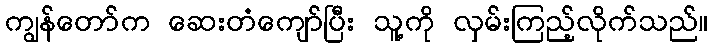
ကျွန်တော်က ဆေးတံကျော်ပြီး သူ့ကို လှမ်းကြည့်လိုက်သည်။